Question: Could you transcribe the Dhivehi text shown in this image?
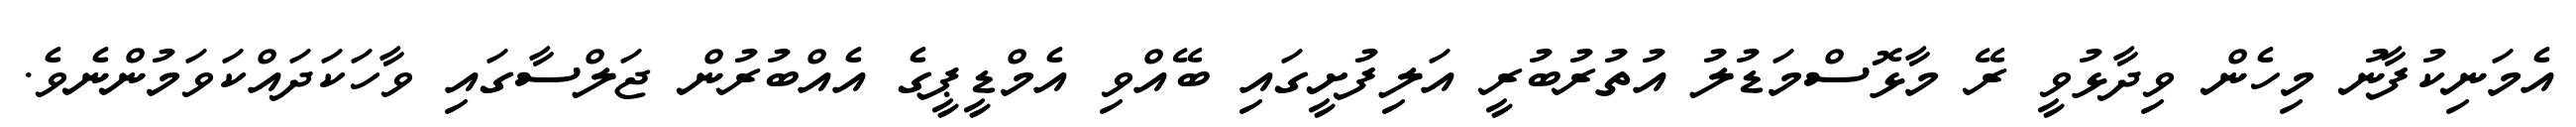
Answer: އެމަނިކުފާނު މިހެން ވިދާޅުވީ ރޭ މާޅޮސްމަޑުލު އުތުރުބުރީ އަލިފުށީގައި ބޭއްވި އެމްޑީޕީގެ އެއްބުރުން ޖަލްސާގައި ވާހަކަދައްކަވަމުންނެވެ.